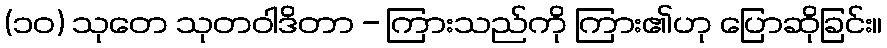
(၁၀) သုတေ သုတဝါဒိတာ - ကြားသည်ကို ကြား၏ဟု ပြောဆိုခြင်း။